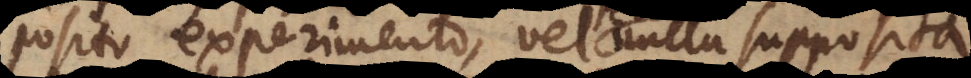
praesupposito experimento, vel nulla supposita